Report of the Municipal Commissioner on the plague in Bombay for the year ending 31st May... - Volume 3
Disease focus: Plague
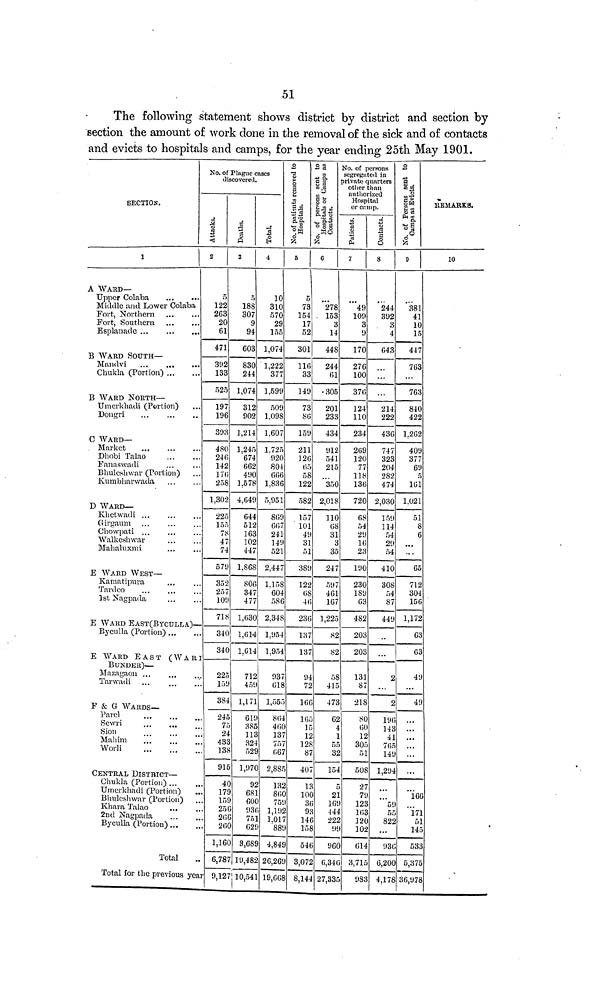
51
The following statement shows district by district and section by
section the amount of work done in the removal of the sick and of contacts
and evicts to hospitals and camps, for the year ending 25th May 1901.
SECTION.
1
A WARD—
Upper Colaba
...
•••
Middle and Lower Colaba
Fort, Northern
Fort, Southern
Esplanade
B WARD SOUTH—
Mandvi
Chukla (Portion)
B WARD NORTH—
Umerkhadi (Portion)
Dongri
C WARD—
Market
Dhobi Talao
Fanaswadi
Bhuleshwar (Portion)
Kumbharwada
D WARD—
Khetwadi
Girgaum
Chowpati ...
Walkeshwar
Mahaluxmi
E WARD WEST—
Kamatipura
Tardeo
1st Nagpada,
E WARD EAST(BYCULLA)—
Byculla (Portion)
E WARD EAST (WARI
BUNDER)—
Mazagaon
Tarwadi
F & G WARDS—
Pavel
Sewri
Sion
Mahim
Worli
CENTRAL DISTRICT—
Chukla (Portion) ...
Umerkhadi (Portion)
Bhuleshwar (Portion)
Khara Talao
2nd Nagpada
Byculla (Portion)...
Total
Total for the previous year
No. of Plague cases
discovered.
Attacks
2
5
122
263
20
61
471
392
133
525
197
196
393
480
246
142
176
258
1,302
225
155
78
47
74
579
352
257
109
71
340
34
225
139
384
245
75
24
433
138
915
40
179
159
256
266
260
1,160
6,787
9,127
Deaths
3
5
188
307
9
94
603
830
244
1,074
312
902
1,214
1,245
674
662
490
1.578
4,649
644
512
163
102
447
1,868
806
347
477
1,630
1,614
1.614
712
459
1,171
619
385
113
324
529
1,970
92
681
600
936
751
629
3,689
19,482
10,541
Total
4
10
310
570
29
155
1,074
1,222
377
1,599
509
1,098
1,607
1,725
920
804
666
1.836
5,951
809
667
241
149
521
2,447
1.158
604
586
2.348
1,954
1,954
937
618
1,555
864
460
137
757
667
2,885
132
860
759
1,192
1.017
889
4,849
26,269
19,668
No. of patients
removed to hospitals
5
5
73
154
17
52
301
116
33
149
73
86
159
21
126
65
58
122
582
157
101
49
31
51
389
122
68
46
236
137
137
94
72
166
165
15
12
128
87
407
13
100
36
93
146
158
546
3,072
8,144
No. of persons sent to
Hospitals or Camps as Contacts.
6
278
153
3
14
448
244
61
305
201
233
434
912
541
215
350
2,018
110
68
31
3
35
247
597
461
167
1,225
82
82
58
415
473
62
4
1
55
32
154
5
21
169
444
222
99
960
6,346
27,335
No. of persons
segregated in
private quarters
other than
authorized
Hospital
or camp.
7
49
109
3
9
170
276
100
376
124
110
234
269
120
77
118
136
720
68
54
29
16
23
190
230
189
63
482
203
203
131
87
218
80
60
12
305
51
508
27
79
123
163
120
102
614
3,715
983
8
244
392
3
4
643
214
222
436
747
323
204
282
474
2,030
159
114
54
29
54
410
308
54
87
449
2
...
2
196
143
41
765
149
1,294
59
55
822
936
6,200
4,178
No. of Persons sent to
Camps sent as Evicts.
9
381
41
10
15
447
763
763
840
422
1,262
409
377
69
5
161
1.021
51
8
6
...
65
712
304
156
1,172
63
63
49
...
49
...
...
...
166
171
51
145
533
5,375
36,978
REMARKS.
10